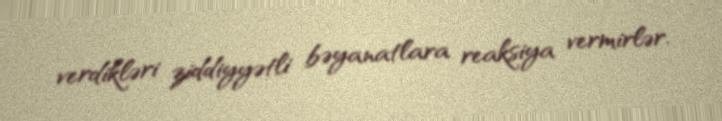
verdikləri ziddiyyətli bəyanatlara reaksiya vermirlər.